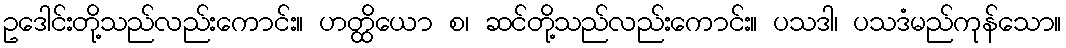
ဥဒေါင်းတို့သည်လည်းကောင်း။ ဟတ္ထိယော စ၊ ဆင်တို့သည်လည်းကောင်း။ ပသဒါ၊ ပသဒံမည်ကုန်သော။